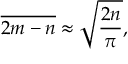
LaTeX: { \overline { { 2 m - n } } } \approx { \sqrt { \frac { 2 n } { \pi } } } ,